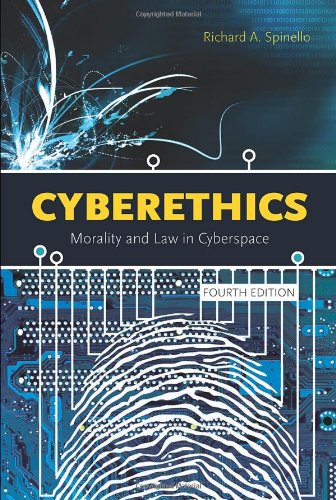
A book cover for Cyberethics: Morality And Law In Cyberspace; Richard Spinello; Computers & Technology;